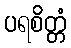
ပရစိတ္တံ